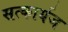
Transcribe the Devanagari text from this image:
सत्कार्यज